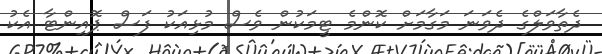
ދެތާވަލްގެ ދެވަނަ މަގާމަށް ކޮންމެ ޓީމަކުން ވެސް މުޅިއަކު ފަސް ޕޮއިންޓާ އެކު